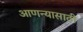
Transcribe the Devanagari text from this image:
आणन्यासाठी